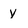
Character: y